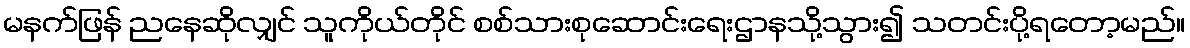
မနက်ဖြန် ညနေဆိုလျှင် သူကိုယ်တိုင် စစ်သားစုဆောင်းရေးဌာနသို့သွား၍ သတင်းပို့ရတော့မည်။